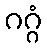
ဂဂ္ဂံ